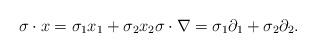
LaTeX: \begin{align*} \sigma \cdot x = \sigma_1 x_1 + \sigma_2 x_2 \sigma \cdot \nabla = \sigma_1 \partial_1 + \sigma_2 \partial_2.\end{align*}